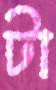
টা